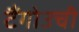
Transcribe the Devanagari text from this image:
टैंगोउची